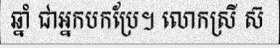
ឆ្នាំ ជាអ្នកបកប្រែ។ លោកស្រី ស៊